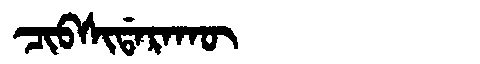
Manchu: ᠴᡳᠪᠰᡳᡩᠠᡵᠠᡴᡡ
Romanization: CIBSIDARAKŪ